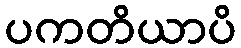
ပကတိယာပိ